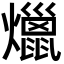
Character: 爉